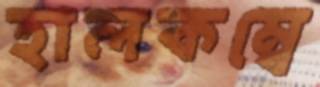
হালকম্বে